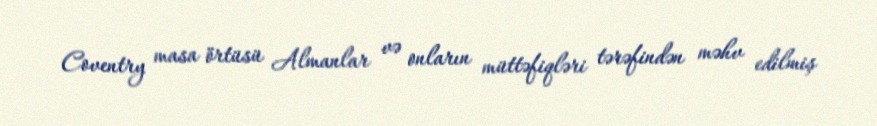
Coventry masa örtüsü Almanlar və onların müttəfiqləri tərəfindən məhv edilmiş